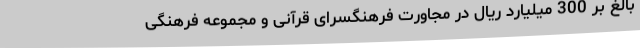
بالغ بر 300 میلیارد ریال در مجاورت فرهنگسرای قرآنی و مجموعه فرهنگی